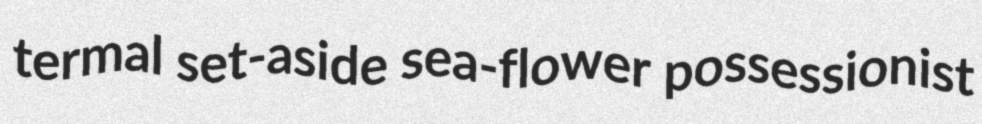
termal set-aside sea-flower possessionist